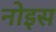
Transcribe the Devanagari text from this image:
नोइस